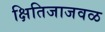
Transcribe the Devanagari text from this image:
क्षितिजाजवळ